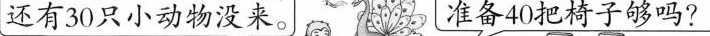
还有30只小动物没来。 准备40把椅子够吗？